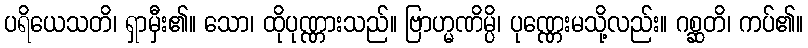
ပရိယေသတိ၊ ရှာမှီး၏။ သော၊ ထိုပုဏ္ဏားသည်။ ဗြာဟ္မဏိမ္ပိ၊ ပုဏ္ဏေးမသို့လည်း။ ဂစ္ဆတိ၊ ကပ်၏။